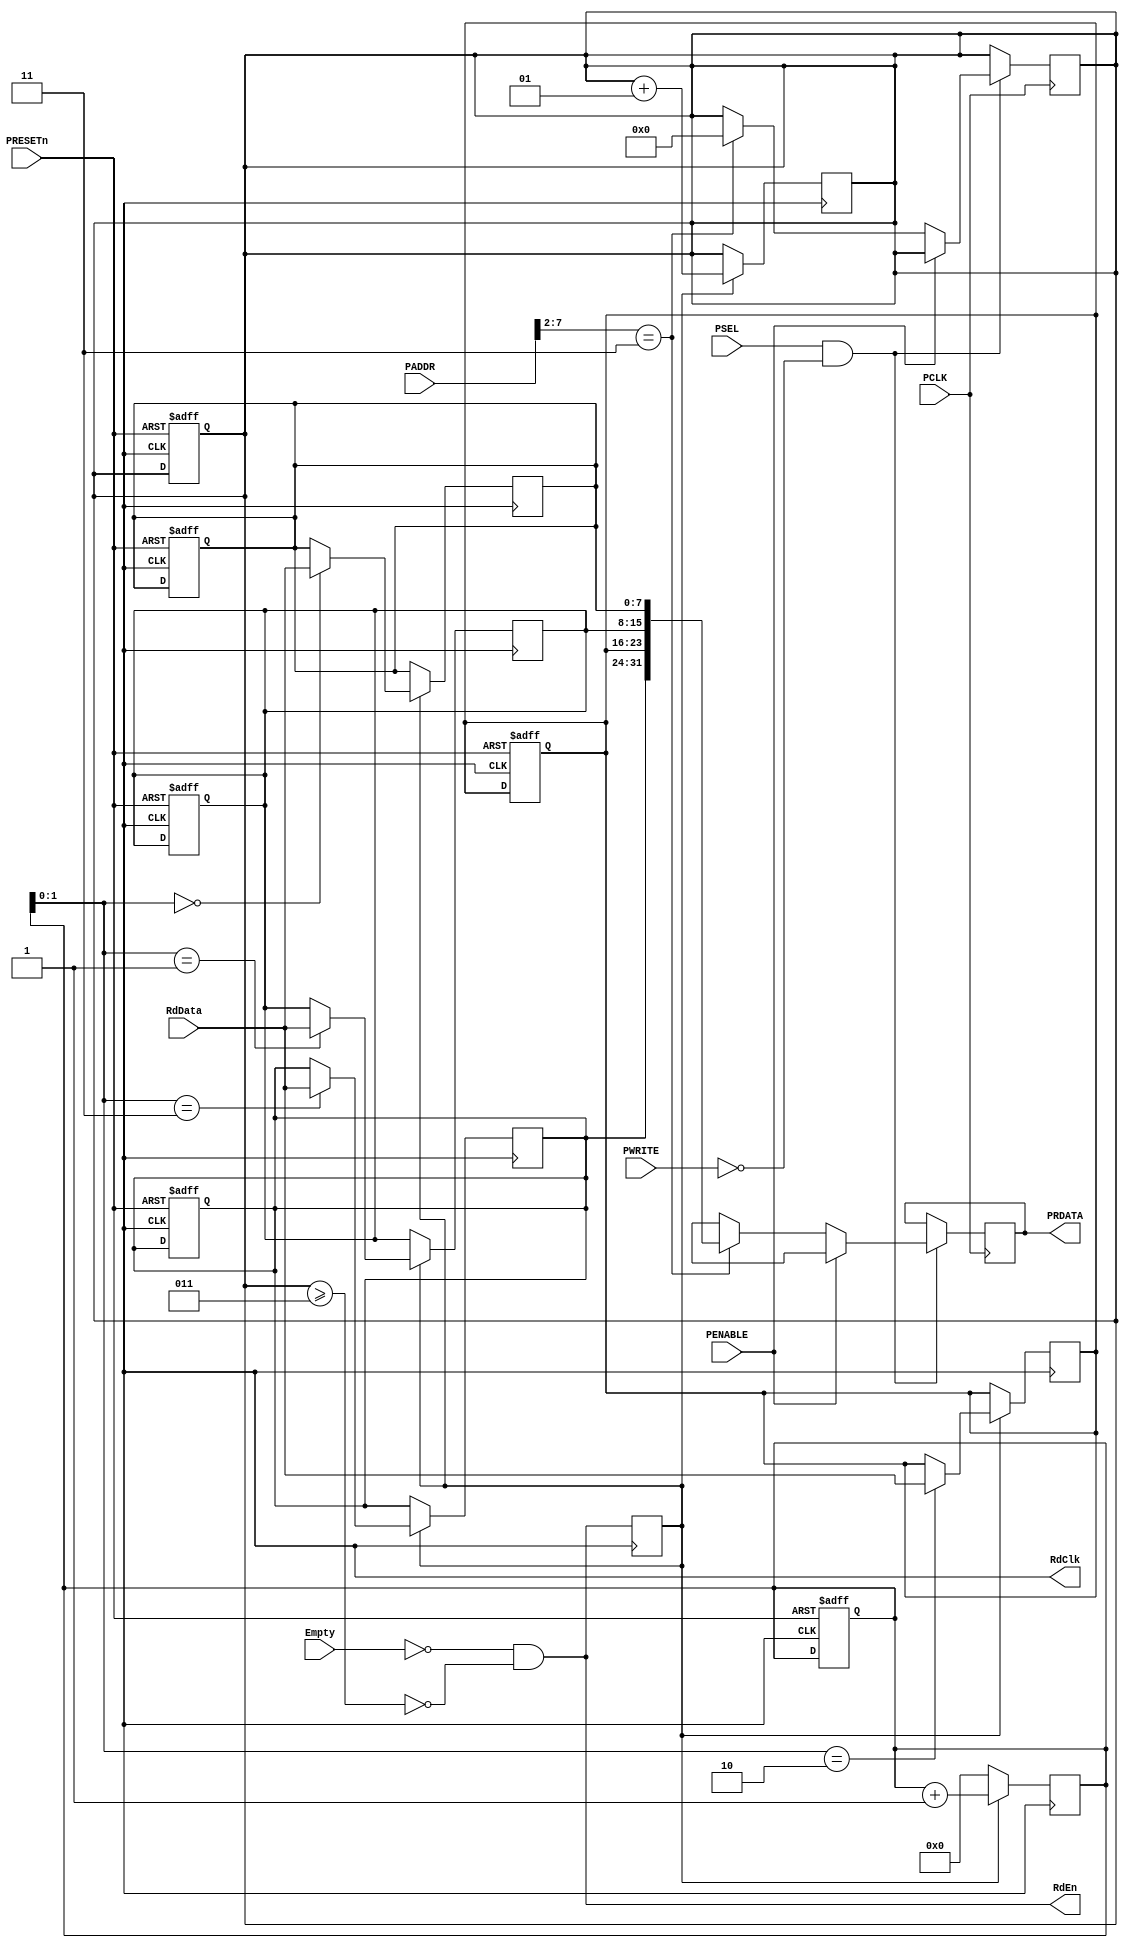
module GLUE_LOGIC(
                  PCLK,         // 
                  PRESETn,      // 
                  PSEL,         // 
                  PADDR,        // CPU
                  PWRITE,       // 1=0=
                  PENABLE,      // 
                  PRDATA,       // (O)
                  RdData,       // 
                  RdClk,        // (O)
                  RdEn,         // (O)
                  Empty,        // FIFO
                  );
  input PCLK;
  input PRESETn;
  input PSEL;
  input [15:0] PADDR;
  input PWRITE;
  input PENABLE;
  input [7:0] RdData;
  input Empty;
  output [31:0] PRDATA;
  output RdClk;
  output RdEn;

  reg [31:0] PRDATA;
  
  integer counter;                      // 8bit
  reg [3:0] write_ptr;                  // AMBA
  reg [7:0] mem[3:0];                   // FIFOPRDATA
  reg mem_WrEn;                         // AMBA
  wire mem_full;                        // 
  wire mem_empty;                       // 
  
  // RdClk
  always@(posedge RdClk or negedge PRESETn)     // RST0
  begin
    if(!PRESETn)
    begin
      write_ptr<=0;
      counter<=0;
      mem[0]=8'b0;
      mem[1]=8'b0;
      mem[2]=8'b0;
      mem[3]=8'b0;
    end  
  end

  assign mem_full=(counter >= 3);
  assign mem_empty=(counter == 0);  
  assign RdEn=(~Empty && ~mem_full);   // FIFOAMBA

  always@(posedge RdClk)            // FIFOAMBA
  begin 
    mem_WrEn<=RdEn;                 // FIFOAMBA
    if(mem_WrEn)
    begin
      mem[write_ptr]<=RdData;
      counter<=counter+1;
      write_ptr<=write_ptr+1;
    end
    else
    begin
      write_ptr<=1'b0;
    end  
  end
       
  always@(posedge PCLK)     // AMBA
  begin
    if(PSEL && !PWRITE)     // CPUAMBA
    begin
      if(!PENABLE)
        begin
        case(PADDR[7:2])
          6'b000011:
          begin
              PRDATA<= {mem[3],mem[2],mem[1],mem[0]};
              counter<=0;
          end
          default:
          begin
            PRDATA <= 32'bx;
          end
        endcase
        end
      else
      begin
        PRDATA <= 32'bx;
      end
    end
  end

endmodule